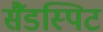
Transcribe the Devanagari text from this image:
सैंडस्पिट